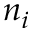
n _ { i }